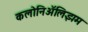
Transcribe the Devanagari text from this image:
कलोनिॲलिझम